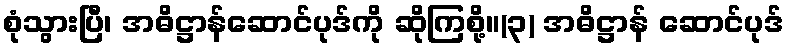
စုံသွားပြီ၊ အဓိဋ္ဌာန်ဆောင်ပုဒ်ကို ဆိုကြစို့။(၃) အဓိဋ္ဌာန် ဆောင်ပုဒ်